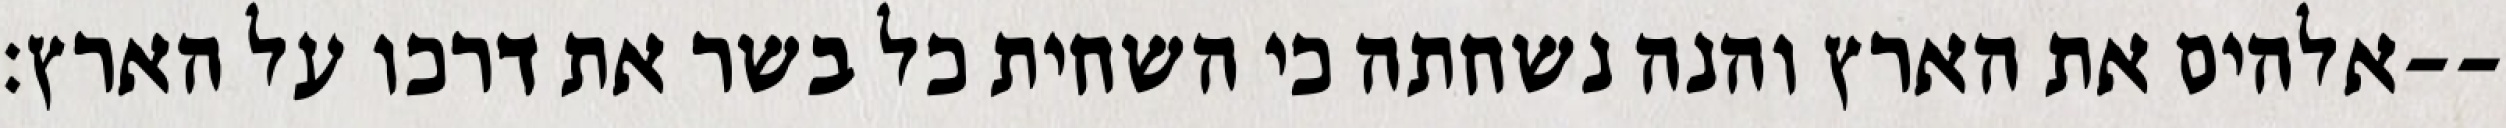
אלהים את הארץ והנה נשחתה כי השחית כל בשר את דרכו על הארץ׃--